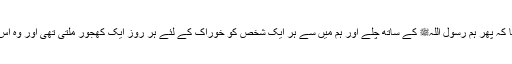
سیدنا جابرؓ نے کہا کہ پھر ہم رسول اللہﷺ کے ساتھ چلے اور ہم میں سے ہر ایک شخص کو خوراک کے لئے ہر روز ایک کھجور ملتی تھی اور وہ اس کو چوس لیتا تھا۔